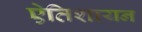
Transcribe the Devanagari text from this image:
एेतिशायन